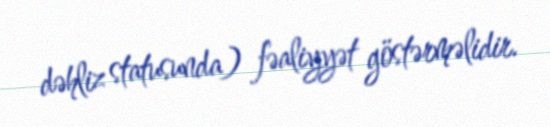
dəhliz statusunda) fəaliyyət göstərməlidir.